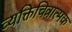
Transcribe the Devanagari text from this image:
व्यक्तिचित्रात्मक